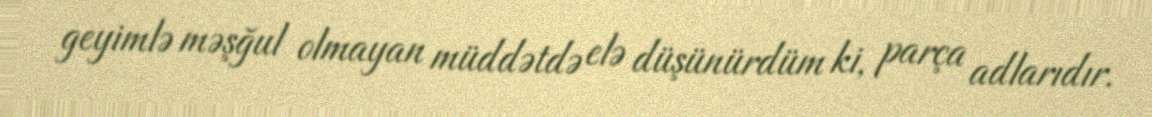
geyimlə məşğul olmayan müddətdə elə düşünürdüm ki, parça adlarıdır.